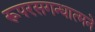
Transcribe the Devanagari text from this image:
रूपरसगन्धात्मने